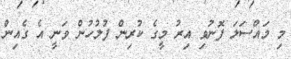
މި މައްސަލަ ފޮނުވި އިރު މީގެ ކުރިން ފުލުހުން ވަނީ އެ ގެއިން